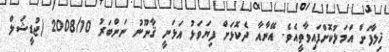
ޚިލާފަށް އަމަލުކޮށްފައިވާތީއެވެ. އޭނާއާ ދެކޮޅަށް ފިޔަވަޅު އަޅަނީ ޤާނޫނު ނަންބަރު 2008/10 (ޖުޑީޝަލް